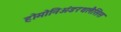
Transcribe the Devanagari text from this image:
होमोनिअंडरथलैसिस